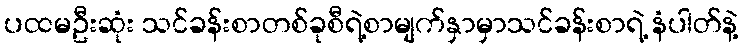
ပထမဦးဆုံး သင်ခန်းစာတစ်ခုစီရဲ့စာမျက်နှာမှာသင်ခန်းစာရဲ့ နံပါတ်နဲ့